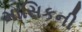
માસિકની